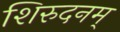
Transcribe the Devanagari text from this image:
शिरुदनम्